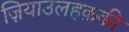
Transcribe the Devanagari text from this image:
ज़ियाउलहक़की